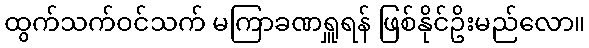
ထွက်သက်ဝင်သက် မကြာခဏရှူရန် ဖြစ်နိုင်ဥိးမည်လော။